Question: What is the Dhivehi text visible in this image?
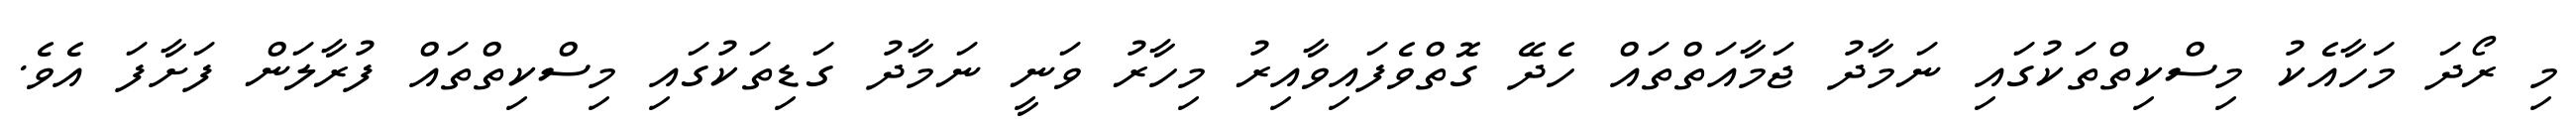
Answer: މި ރޯދަ މަހާއެކު މިސްކިތްތަކުގައި ނަމާދު ޖަމާއަތްތައް ހެދޭ ގޮތްވެފައިވާއިރު މިހާރު ވަނީ ނަމާދު ގަޑިތަކުގައި މިސްކިތްތައް ފުރާލަން ފަށާފަ އެވެ.